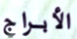
الأبراج